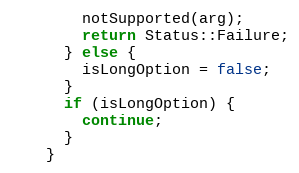
Language: C++
        notSupported(arg);
        return Status::Failure;
      } else {
        isLongOption = false;
      }
      if (isLongOption) {
        continue;
      }
    }